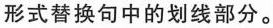
形式替换句中的划线部分。